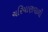
ચરિયાણવાળી